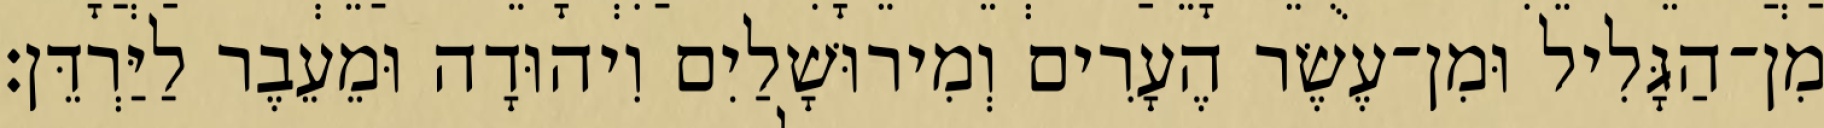
מִן־הַגָּלִיל וּמִן־עֶשֶׂר הֶעָרִים וְמִירוּשָׁלַיִם וִיהוּדָה וּמֵעֵבֶר לַיַּרְדֵּן׃